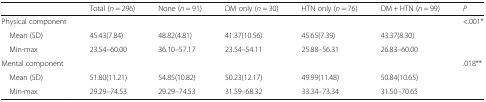
|  | Total (n = 296) | None (n = 91) | DM only (n = 30) | HTN only (n = 76) | DM + HTN (n = 99) | P |
 | --- | --- | --- | --- | --- | --- | --- |
 | Physical component |  |  |  |  |  | <.001* |
 | Mean (SD) | 45.43(7.84) | 48.82(4.81) | 41.37(10.56) | 45.65(7.39) | 43.37(8.30) |  |
 | Min-max | 23.54–60.00 | 36.10–57.17 | 23.54–54.11 | 25.88–56.31 | 26.83–60.00 |  |
 | Mental component |  |  |  |  |  | .018** |
 | Mean (SD) | 51.80(11.21) | 54.85(10.82) | 50.23(12.17) | 49.99(11.48) | 50.84(10.65) |  |
 | Min-max | 29.29–74.53 | 29.29–74.53 | 31.59–68.32 | 33.34–73.34 | 31.50–70.65 |  |